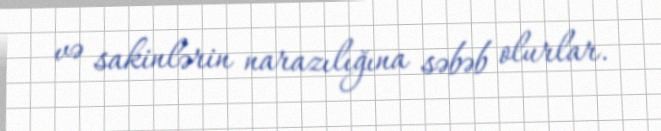
və sakinlərin narazılığına səbəb olurlar.